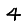
Digit: 4